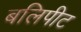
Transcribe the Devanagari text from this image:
बलिपीट